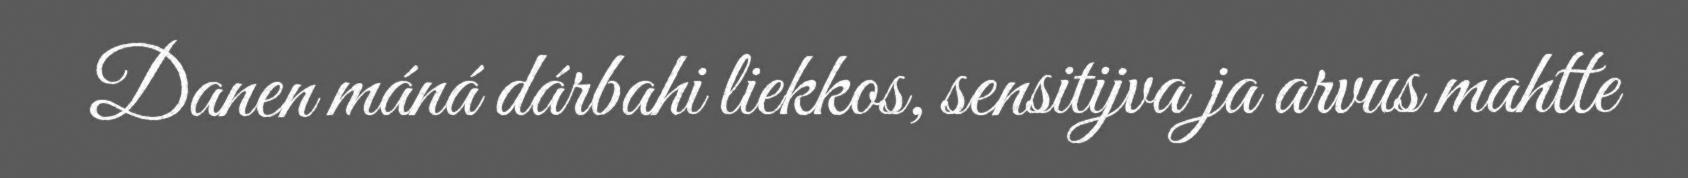
Danen máná dárbahi liekkos, sensitijva ja arvus mahtte